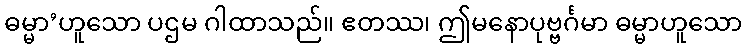
ဓမ္မာ’ဟူသော ပဌမ ဂါထာသည်။ ဧတဿ၊ ဤမနောပုဗ္ဗင်္ဂမာ ဓမ္မာဟူသော